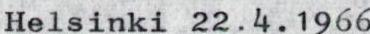
Helsinki 22.4.1966